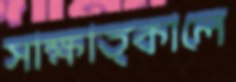
সাক্ষাত্কালে